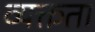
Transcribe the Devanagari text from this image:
व्यक्त्तता